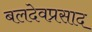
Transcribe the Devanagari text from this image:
बलदेवप्रसाद